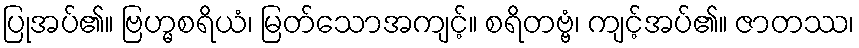
ပြုအပ်၏။ ဗြဟ္မစရိယံ၊ မြတ်သောအကျင့်။ စရိတဗ္ဗံ၊ ကျင့်အပ်၏။ ဇာတဿ၊